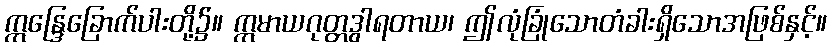
ဣန္ဒြေခြောက်ပါးတို့၌။ ဣမာယဂုတ္တဒွါရတာယ၊ ဤလုံခြုံသောတံခါးရှိသောအဖြစ်နှင့်။